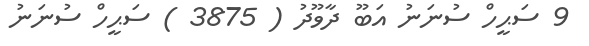
9 ސަޙީހް ސުނަނު އަބޫ ދާވޫދު ( 3875 ) ސަޙީހް ސުނަނު